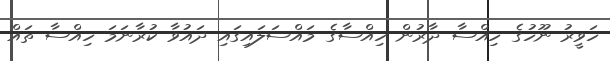
ހަވީރު ނޫހުގެ ހިއްސާ ދާރުން ހިއްސާގެ މައްސަލައިގައި ދައުވާ ކުރާނަމަ ހިއްސާ ތައް